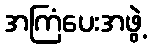
အကြံပေးအဖွဲ့